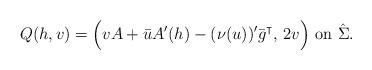
LaTeX: \begin{align*}Q(h, v) = \Big( v A + \bar u A' (h) - (\nu(u))' \bar g^\intercal, \, 2v\Big)\mbox{ on } \hat \Sigma. \end{align*}